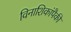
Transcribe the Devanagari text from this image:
विनाशिकांपैकी